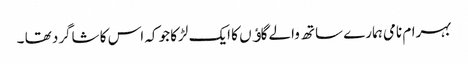
بہرام نامی ہمارے ساتھ والے گاﺅں کا ایک لڑکا جو کہ اس کا شاگرد تھا ۔